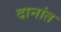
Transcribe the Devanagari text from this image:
दानांत